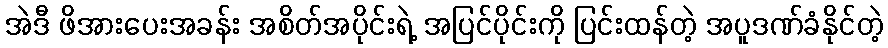
အဲဒီ ဖိအားပေးအခန်း အစိတ်အပိုင်းရဲ့ အပြင်ပိုင်းကို ပြင်းထန်တဲ့ အပူဒဏ်ခံနိုင်တဲ့